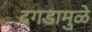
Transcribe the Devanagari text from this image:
दगडामुळे